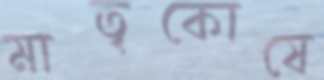
মাতৃকোষে